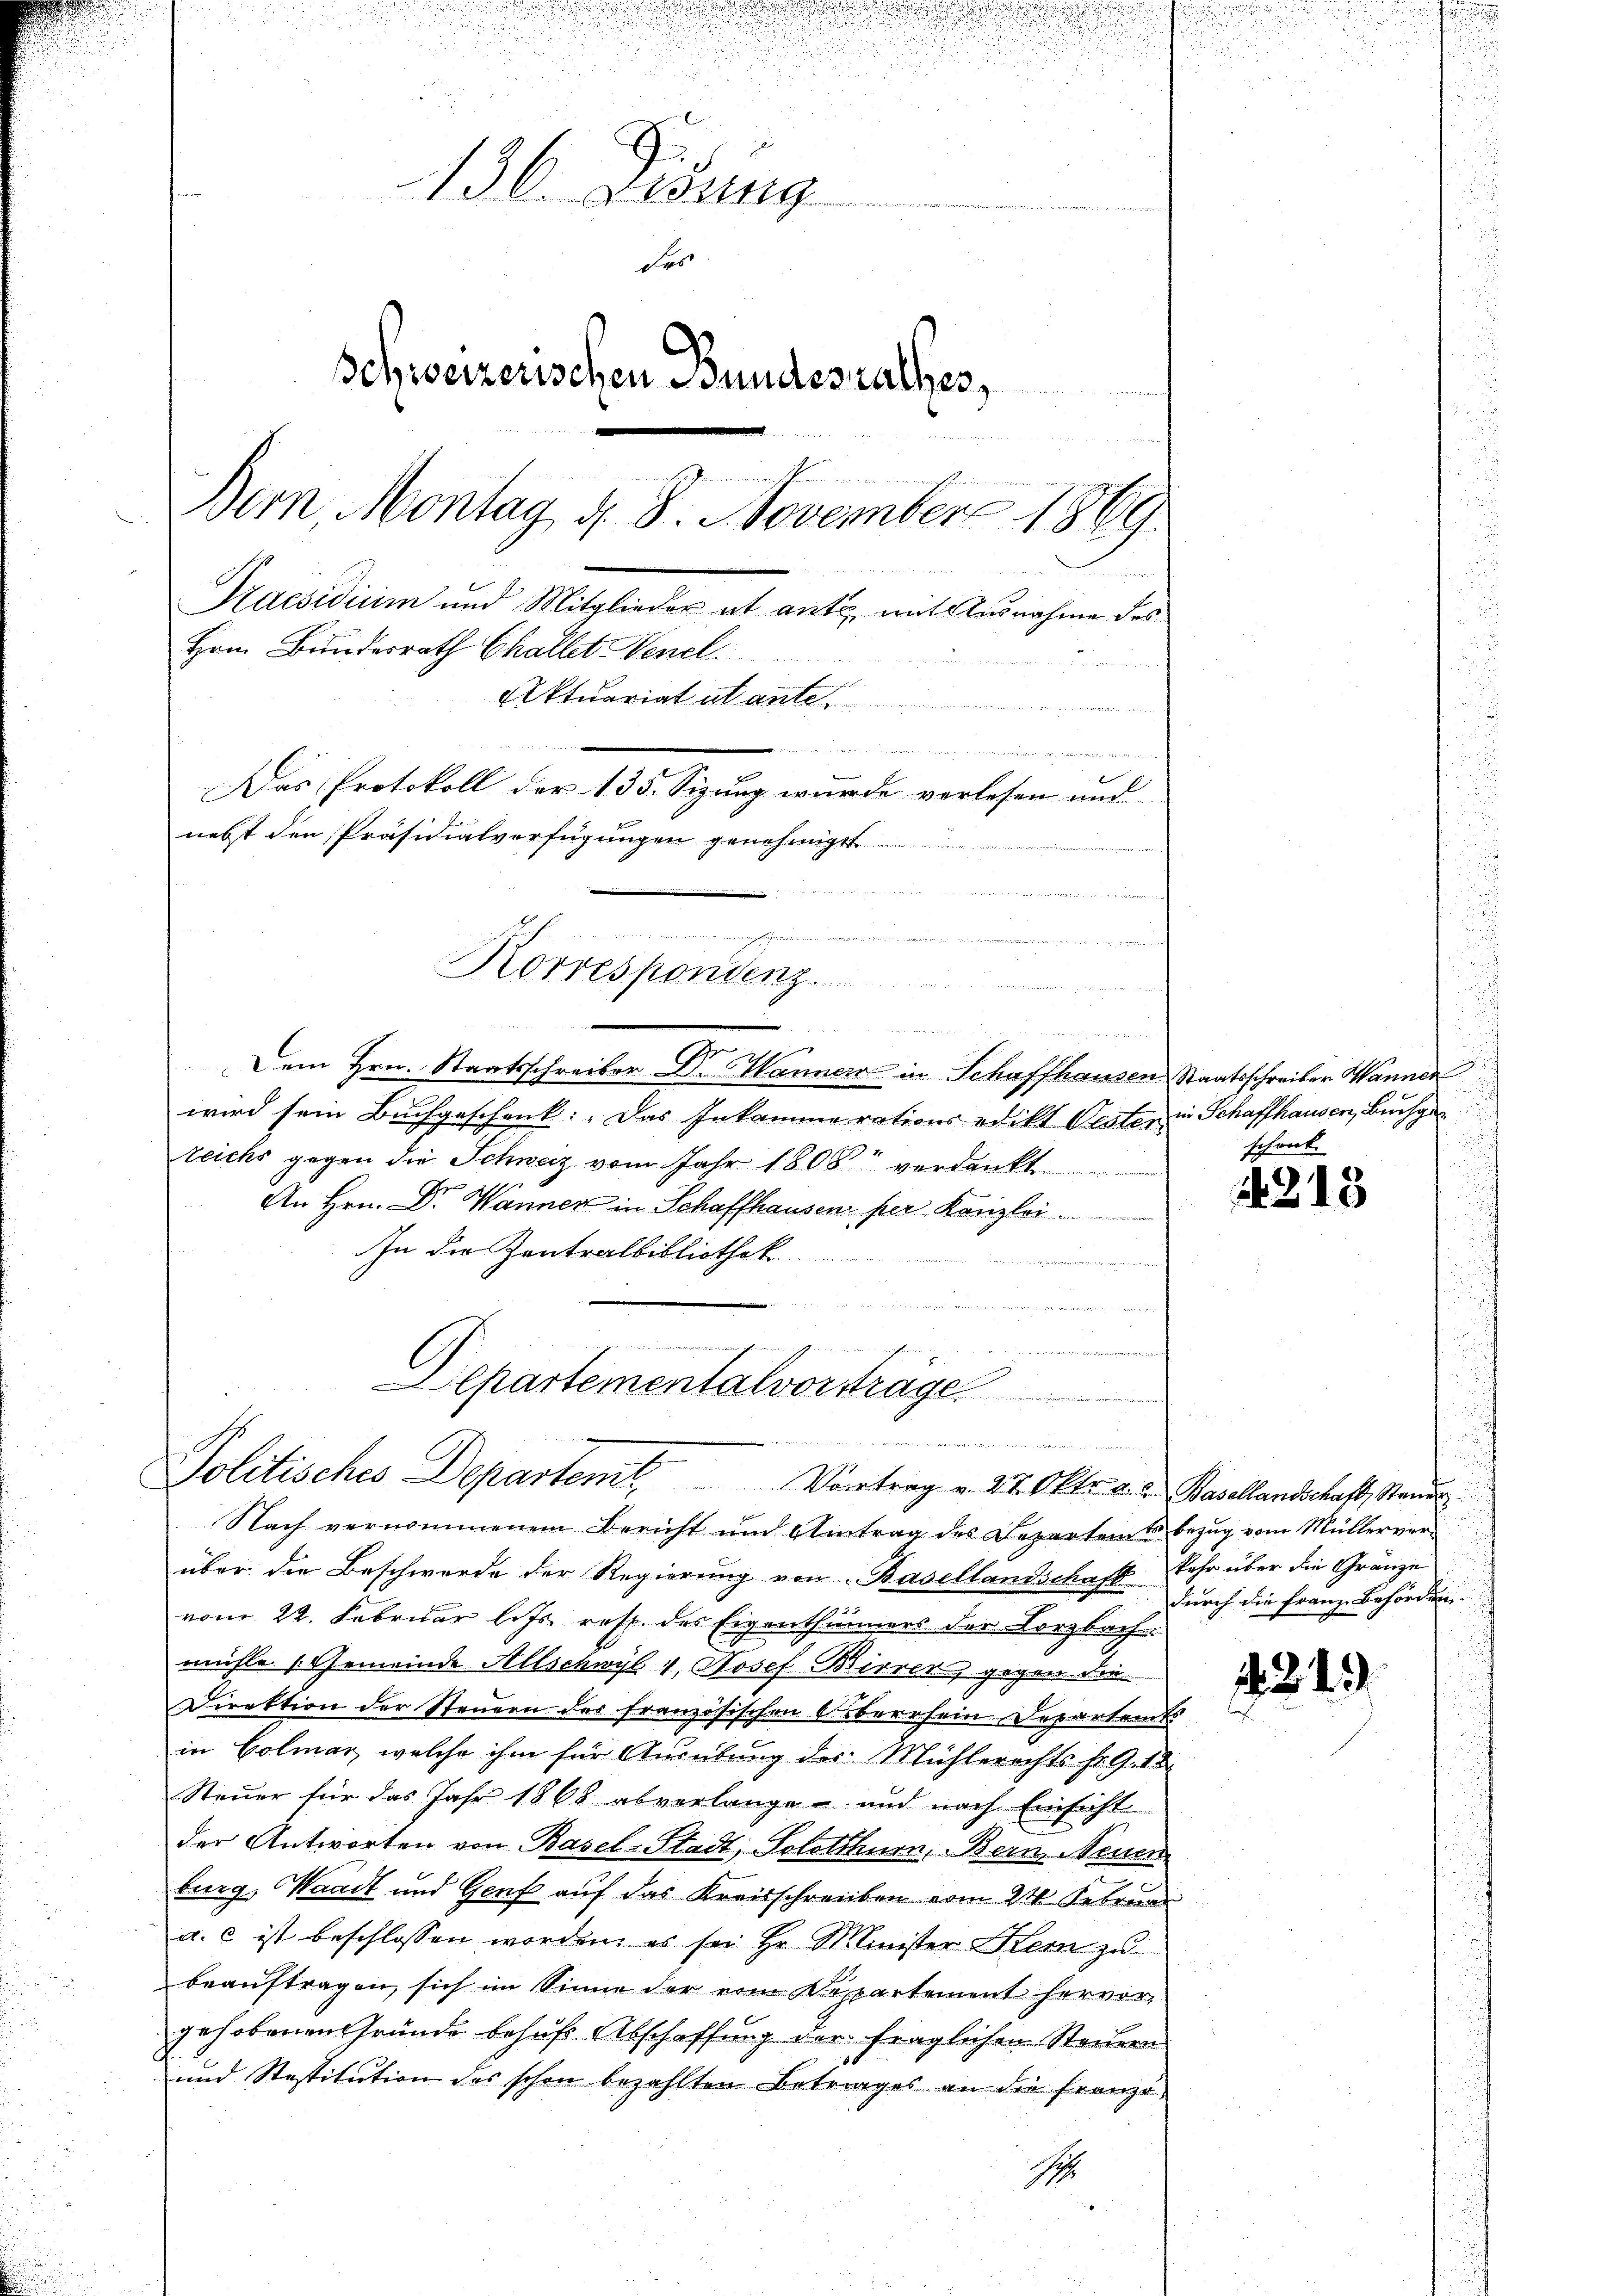
u
136. Lesung
des
schweizerischen Bundesrathes,
unent seinerenischen
Bern, Montag d. 8. November 1869.
Kaesidium und Mitglieder et ante, mit Ausnahme des
Hrn. Bundesrath Challet encl.
Aktuariat abante

n
e
Das Protokoll der 135. Sizung wurde verlesen und
nebst den Präsidialverfügungen genehmigt

e

n

g
Dem Hrn. Staatsschreiber Dr. Manner in Schaffhausen Staatsschreiber Wanner
wird sein Buchgeschenk. Das Inkammerations edikt Rester in Schaffhausen, Buchge
teichs gegen die Schweiz vom Jahr 1808 verdankt
An Hrn. Dr. Wanner in Schaffhausen per Kanzlei
In die Zentralbibliothek

mnmengen, wenn mit ein er ein
 in der
Alpartementalvortrage

t
Korrespondenz.
unden und
u

, . . .
Politisches Departemt Vortrag v. 27. Oktr. a. a. Basellandschaft, Stand

Nach vernommenem Bericht und Antrag des Departen u bezug vom Müllerver-
über die Beschwerde der Regierung von Basellandschaft Jahr über die Gränze
vom 22. Februar les resp. des Eigenthümers der Lorzbach.
mühle [Gemeinde Allschwyl v. Josef Birrer, gegen die
Direktion der Steuern der französischen Oberrhein Departamts
in Colmar, welche ihm für Ausübung des Mühlerechts fr. G. 18
Steuer für das Jahr 1868 abverlange und nach Einsicht.
der Antworten von Basel-Stadt, Solothurn, Bern Neuer
burg, Waadt und Genf auf das Kreisschreiben vom 24. Februar
a.c ist beschlossen worden, es sei Hr. Minister Kern zu
beauftragen, sich im Sinne der von Respartement hervor
gehobenen Gründe behufs Abschaffung der fraglichen Steuern
und Stestitution des schon bezahlten Betrages an die Franzö-
S

g
.
und
schreck

4213

durch die Franz Behörden.

1. 2. 4